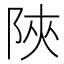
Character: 陜